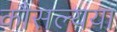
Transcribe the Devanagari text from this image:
कौसल्यया